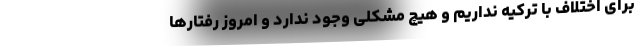
برای اختلاف با ترکیه نداریم و هیچ مشکلی وجود ندارد و امروز رفتارها